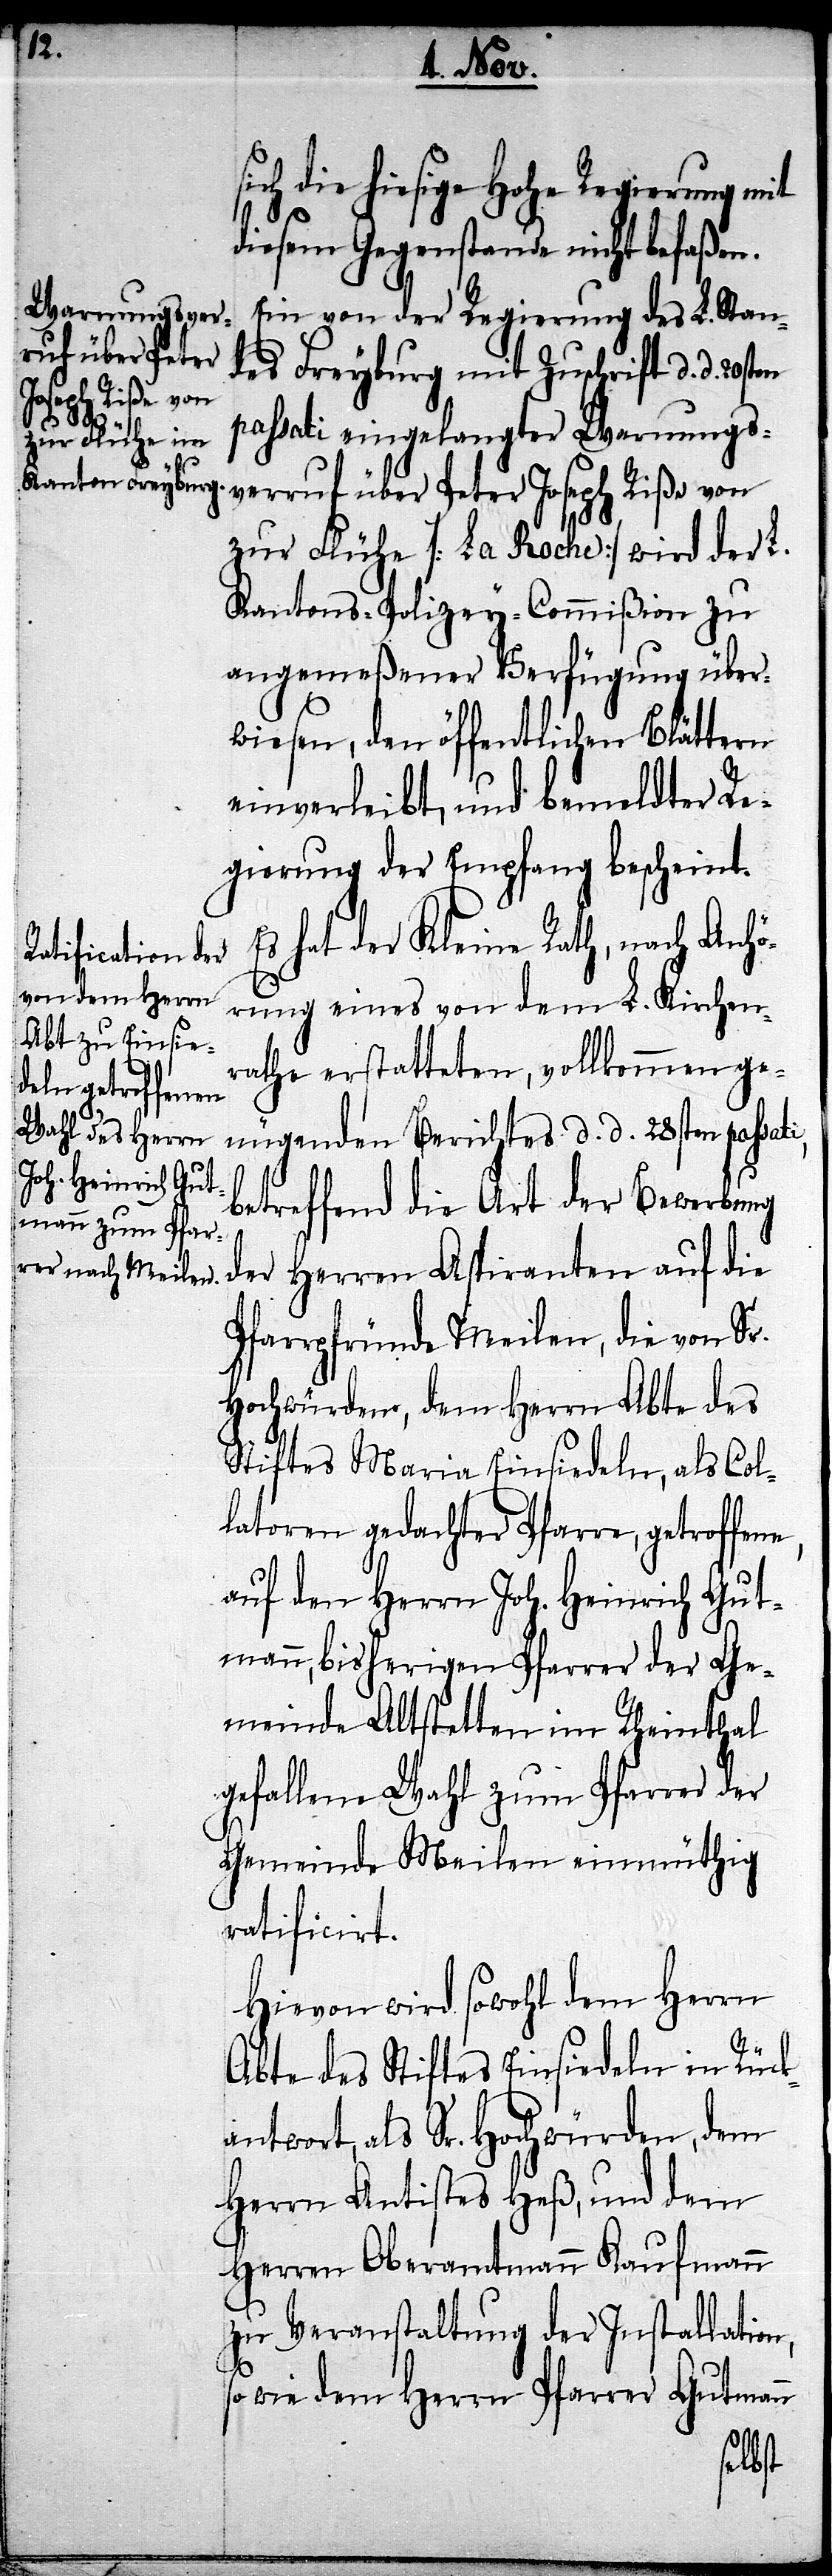
s¬

ich die hiesige Hohe Regierung mit
diesem Gegenstande nicht befaßen.
Ein von der Regierung des L. Stan¬
des Freyburg mit Zuschrift d. d.
passati eingelangter Warnungs¬
verruf über Peter Joseph Riße von
zur Flühe [La Roche] wird der L.
Kantons-Policey-Commißion zu
angemeßener Verfügung über¬
wiesen, den öffentlichen Blättern
einverleibt, und bemeldter Re¬
gierung der Empfang bescheint.
Es hat der Kleine Rath, nach Anhö¬
rung eines von dem L. Kirchen¬
rathe erstatteten, vollkommen ge¬
nügenden Berichtes d. d. 28sten pas¬
betreffend die Art der Bewerbung
der Herren Aspiranten auf die
Pfarrpfründe Meilen, die von Sr.
Hochwürden, dem Herrn Abte des
Stiftes Maria Einsiedeln, als Col¬
latoren gedachter Pfarre, getroffene,
auf den Herrn Joh. Heinrich Gut¬
mann, bisherigen Pfarrer der Ge¬
meinde Altstetten im Rheinthal
gefallene Wahl zum Pfarrer der
Gemeinde Meilen einmüthig
ratificirt.
Hievon wird sowohl dem Herrn
Abte des Stiftes Einsiedeln in Rück¬
antwort, als Sr. Hochwürden, dem
Herrn Antistes Heß, und dem
Herren Oberamtmann Kaufmann
zu Veranstaltung der Installation
so wie dem Herrn Pfarrer Gutmann
sati,